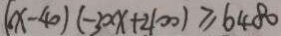
( x - 4 0 ) ( - 3 0 x + 4 0 0 ) \geq 6 4 8 0